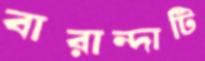
বারান্দাটি